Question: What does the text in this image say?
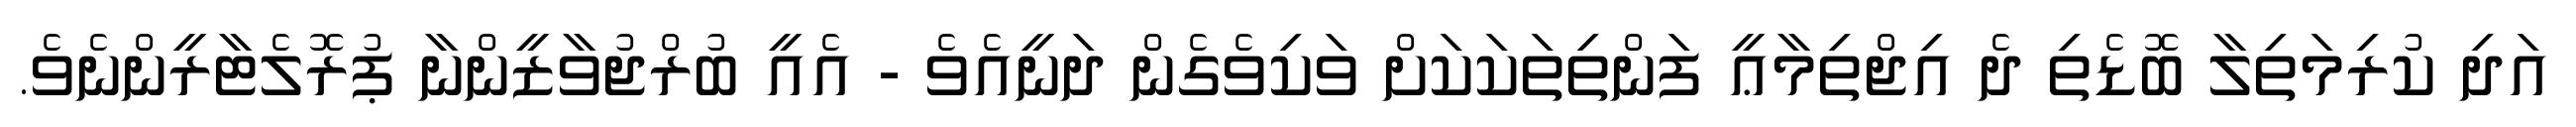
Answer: އަދި ކުރިމަތިލާ ބޮޑެތި ދެ އިޖްތިމާޢީ ފަންތިތަކަކަށް ވަކިވެގެން ދަނީއެވެ - އެއީ ބުރްޖުވާޒީންނާ ޕުރޮލެޓާރީންނެވެ.